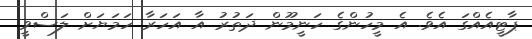
ޕާޓީއެއްގަ އެވެ. އެ މީހުންގެ ހަނީމޫން ދަތުރު އާ އަހަރާ ހަމަޔަށް ލަސްވީ